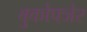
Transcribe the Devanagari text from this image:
बुकोफ्जेर